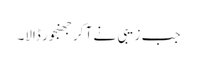
جب زیبی نے آ کر جھنجور ڈالا۔